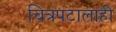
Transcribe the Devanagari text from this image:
चित्रपटालाही